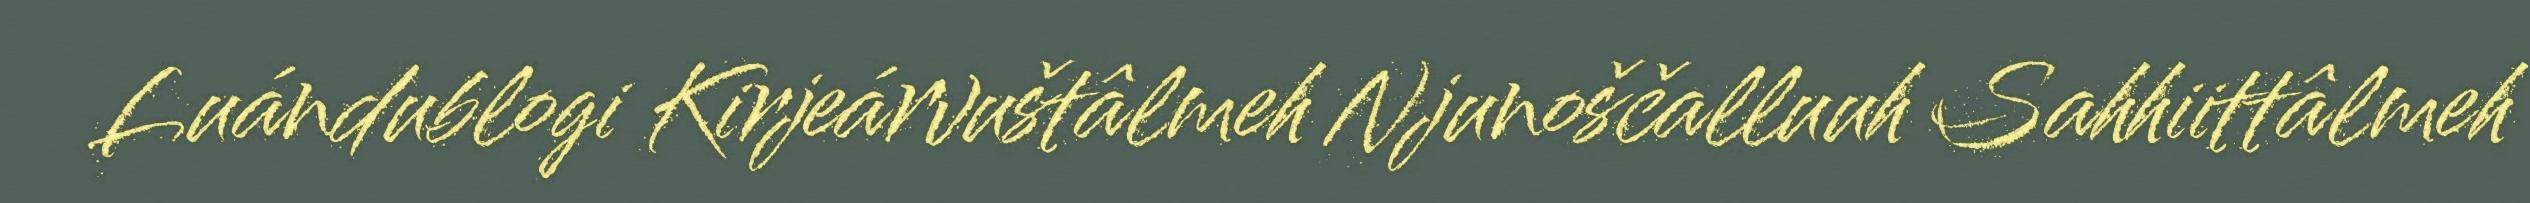
Luándublogi Kirjeárvuštâlmeh Njunoščalluuh Sahhiittâlmeh